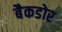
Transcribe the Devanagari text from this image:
बैकडोर